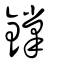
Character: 鐣